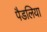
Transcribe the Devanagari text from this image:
पैडलिया